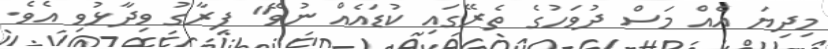
މިދިޔަ އެއް މަސް ދުވަހުގެ ތެރޭގައި ކުޑައެއް ނުވޭ" ފިރާގު ވިދާޅުވި އެވެ.